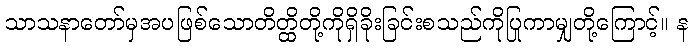
သာသနာတော်မှအပဖြစ်သောတိတ္ထိတို့ကိုရှိခိုးခြင်းစသည်ကိုပြုကာမျှတို့ကြောင့်။ န